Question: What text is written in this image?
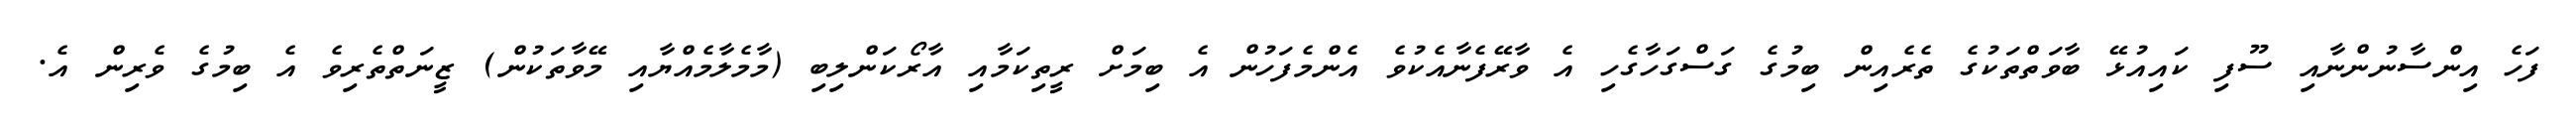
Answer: ފަހެ އިންސާނުންނާއި ސޫފި ކައިއުޅޭ ބާވަތްތަކުގެ ތެރެއިން ބިމުގެ ގަސްގަހާގެހި އެ ވާރޭފެނާއެކުވެ އެންމެފަހުން އެ ބިމަށް ރީތިކަމާއި އާރޯކަންލިބި (މާމެލާމެއްޔާއި މޭވާތަކުން) ޒީނަތްތެރިވެ އެ ބިމުގެ ވެރިން އެ.